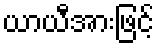
ယာယီအားဖြင့်